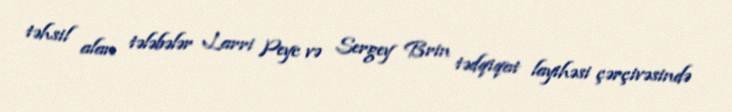
təhsil alan tələbələr Larri Peyc və Sergey Brin tədqiqat layihəsi çərçivəsində